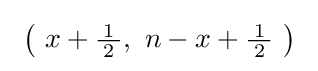
\ \left(\ x+{\tfrac {\!\ 1\!\ }{2}},\ n-x+{\tfrac {\!\ 1\!\ }{2}}\ \right)~